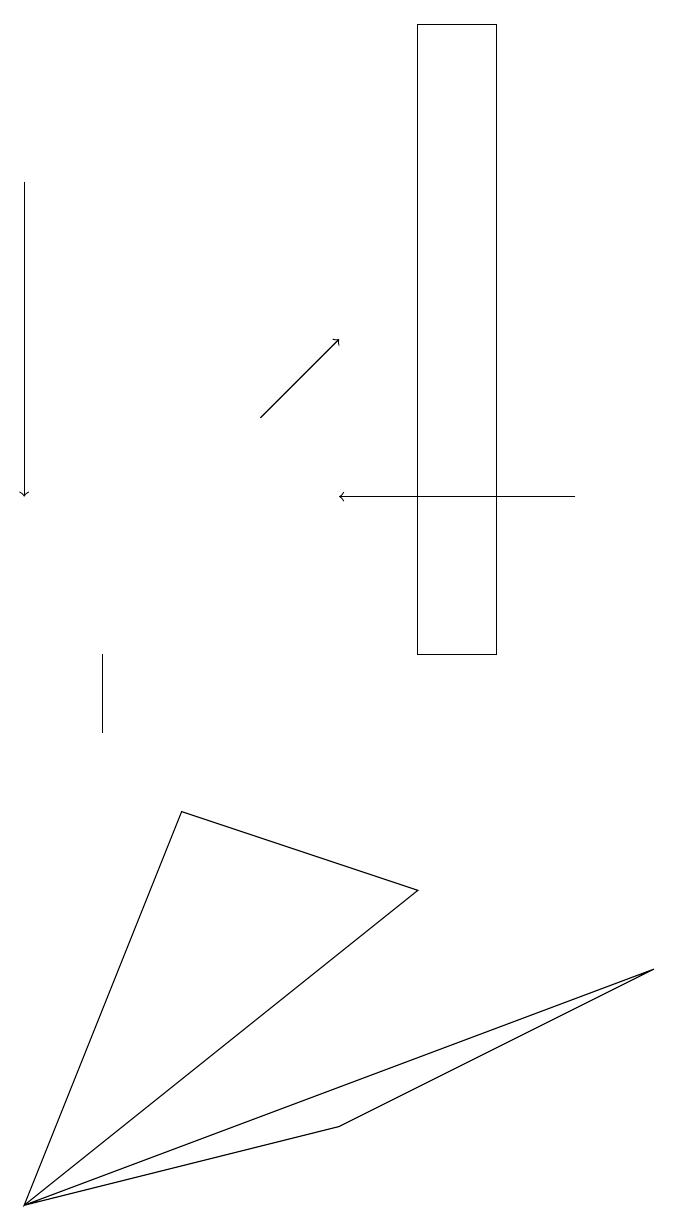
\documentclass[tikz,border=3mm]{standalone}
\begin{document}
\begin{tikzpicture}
\draw (4,5) -- (0,4) -- (8,7) -- cycle;
\draw[->] (7,13) -- (4,13);
\draw[->] (0,17) -- (0,13);
\draw (1,11) rectangle (1,10);
\draw[->] (3,14) -- (4,15);
\draw (6,19) rectangle (5,11);
\draw (2,9) -- (5,8) -- (0,4) -- cycle;
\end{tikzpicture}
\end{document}